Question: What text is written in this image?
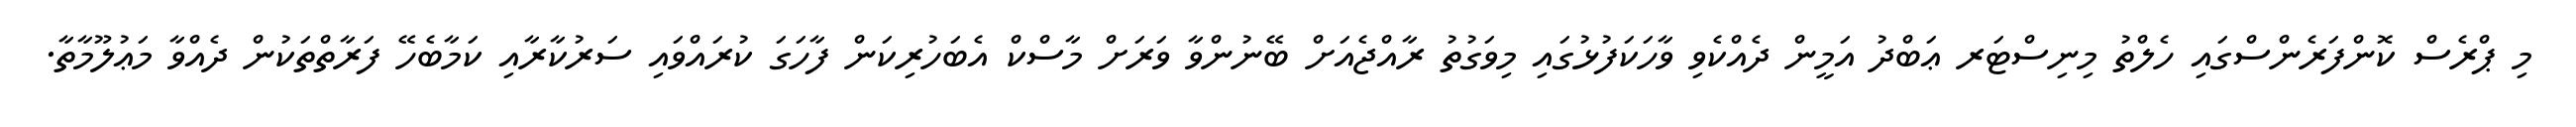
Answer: މި ޕްރެސް ކޮންފަރެންސްގައި ހެލްތު މިނިސްޓަރ ޢަބްދު އަމީން ދެއްކެވި ވާހަކަފުޅުގައި މިވަގުތު ރާއްޖެއަށް ބޭނުންވާ ވަރަށް މާސްކް އެބަހުރިކަން ފާހަގަ ކުރައްވައި ސަރުކާރާއި ކަމާބެހޭ ފަރާތްތަކުން ދެއްވާ މަޢުލޫމާތާ.